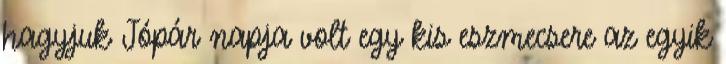
hagyjuk Jópár napja volt egy kis eszmecsere az egyik